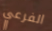
الفرعي